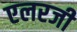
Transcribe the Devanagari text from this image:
एलरजी